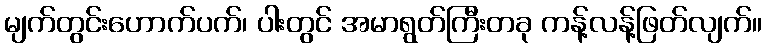
မျက်တွင်းဟောက်ပက်၊ ပါးတွင် အမာရွတ်ကြီးတခု ကန့်လန့်ဖြတ်လျက်။